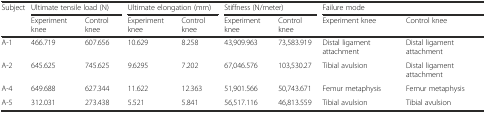
<table><thead><tr><td rowspan="2"><b>Subject</b></td><td colspan="2"><b>Ultimate tensile load (N)</b></td><td colspan="2"><b>Ultimate elongation (mm)</b></td><td colspan="2"><b>Stiffness (N/meter)</b></td><td colspan="2"><b>Failure mode</b></td></tr><tr><td><b>Experiment knee</b></td><td><b>Control knee</b></td><td><b>Experiment knee</b></td><td><b>Control knee</b></td><td><b>Experiment knee</b></td><td><b>Control knee</b></td><td><b>Experiment knee</b></td><td><b>Control knee</b></td></tr></thead><tbody><tr><td>A-1</td><td>466.719</td><td>607.656</td><td>10.629</td><td>8.258</td><td>43,909.963</td><td>73,583.919</td><td>Distal ligament attachment</td><td>Distal ligament attachment</td></tr><tr><td>A-2</td><td>645.625</td><td>745.625</td><td>9.6295</td><td>7.202</td><td>67,046.576</td><td>103,530.27</td><td>Tibial avulsion</td><td>Distal ligament attachment</td></tr><tr><td>A-4</td><td>649.688</td><td>627.344</td><td>11.622</td><td>12.363</td><td>51,901.566</td><td>50,743.671</td><td>Femur metaphysis</td><td>Femur metaphysis</td></tr><tr><td>A-5</td><td>312.031</td><td>273.438</td><td>5.521</td><td>5.841</td><td>56,517.116</td><td>46,813.559</td><td>Tibial avulsion</td><td>Tibial avulsion</td></tr></tbody></table>